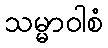
သမ္မာဝါစံ